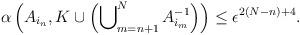
LaTeX: \begin{align*}\alpha\left(A_{i_n},K\cup \left(\bigcup\nolimits_{m=n+1}^{{{N}}}A_{i_m}^{-1}\right)\right)\leq \epsilon^{2(N-n)+4}. \end{align*}